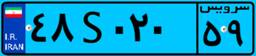
۸۳S۶۷۵۷۲